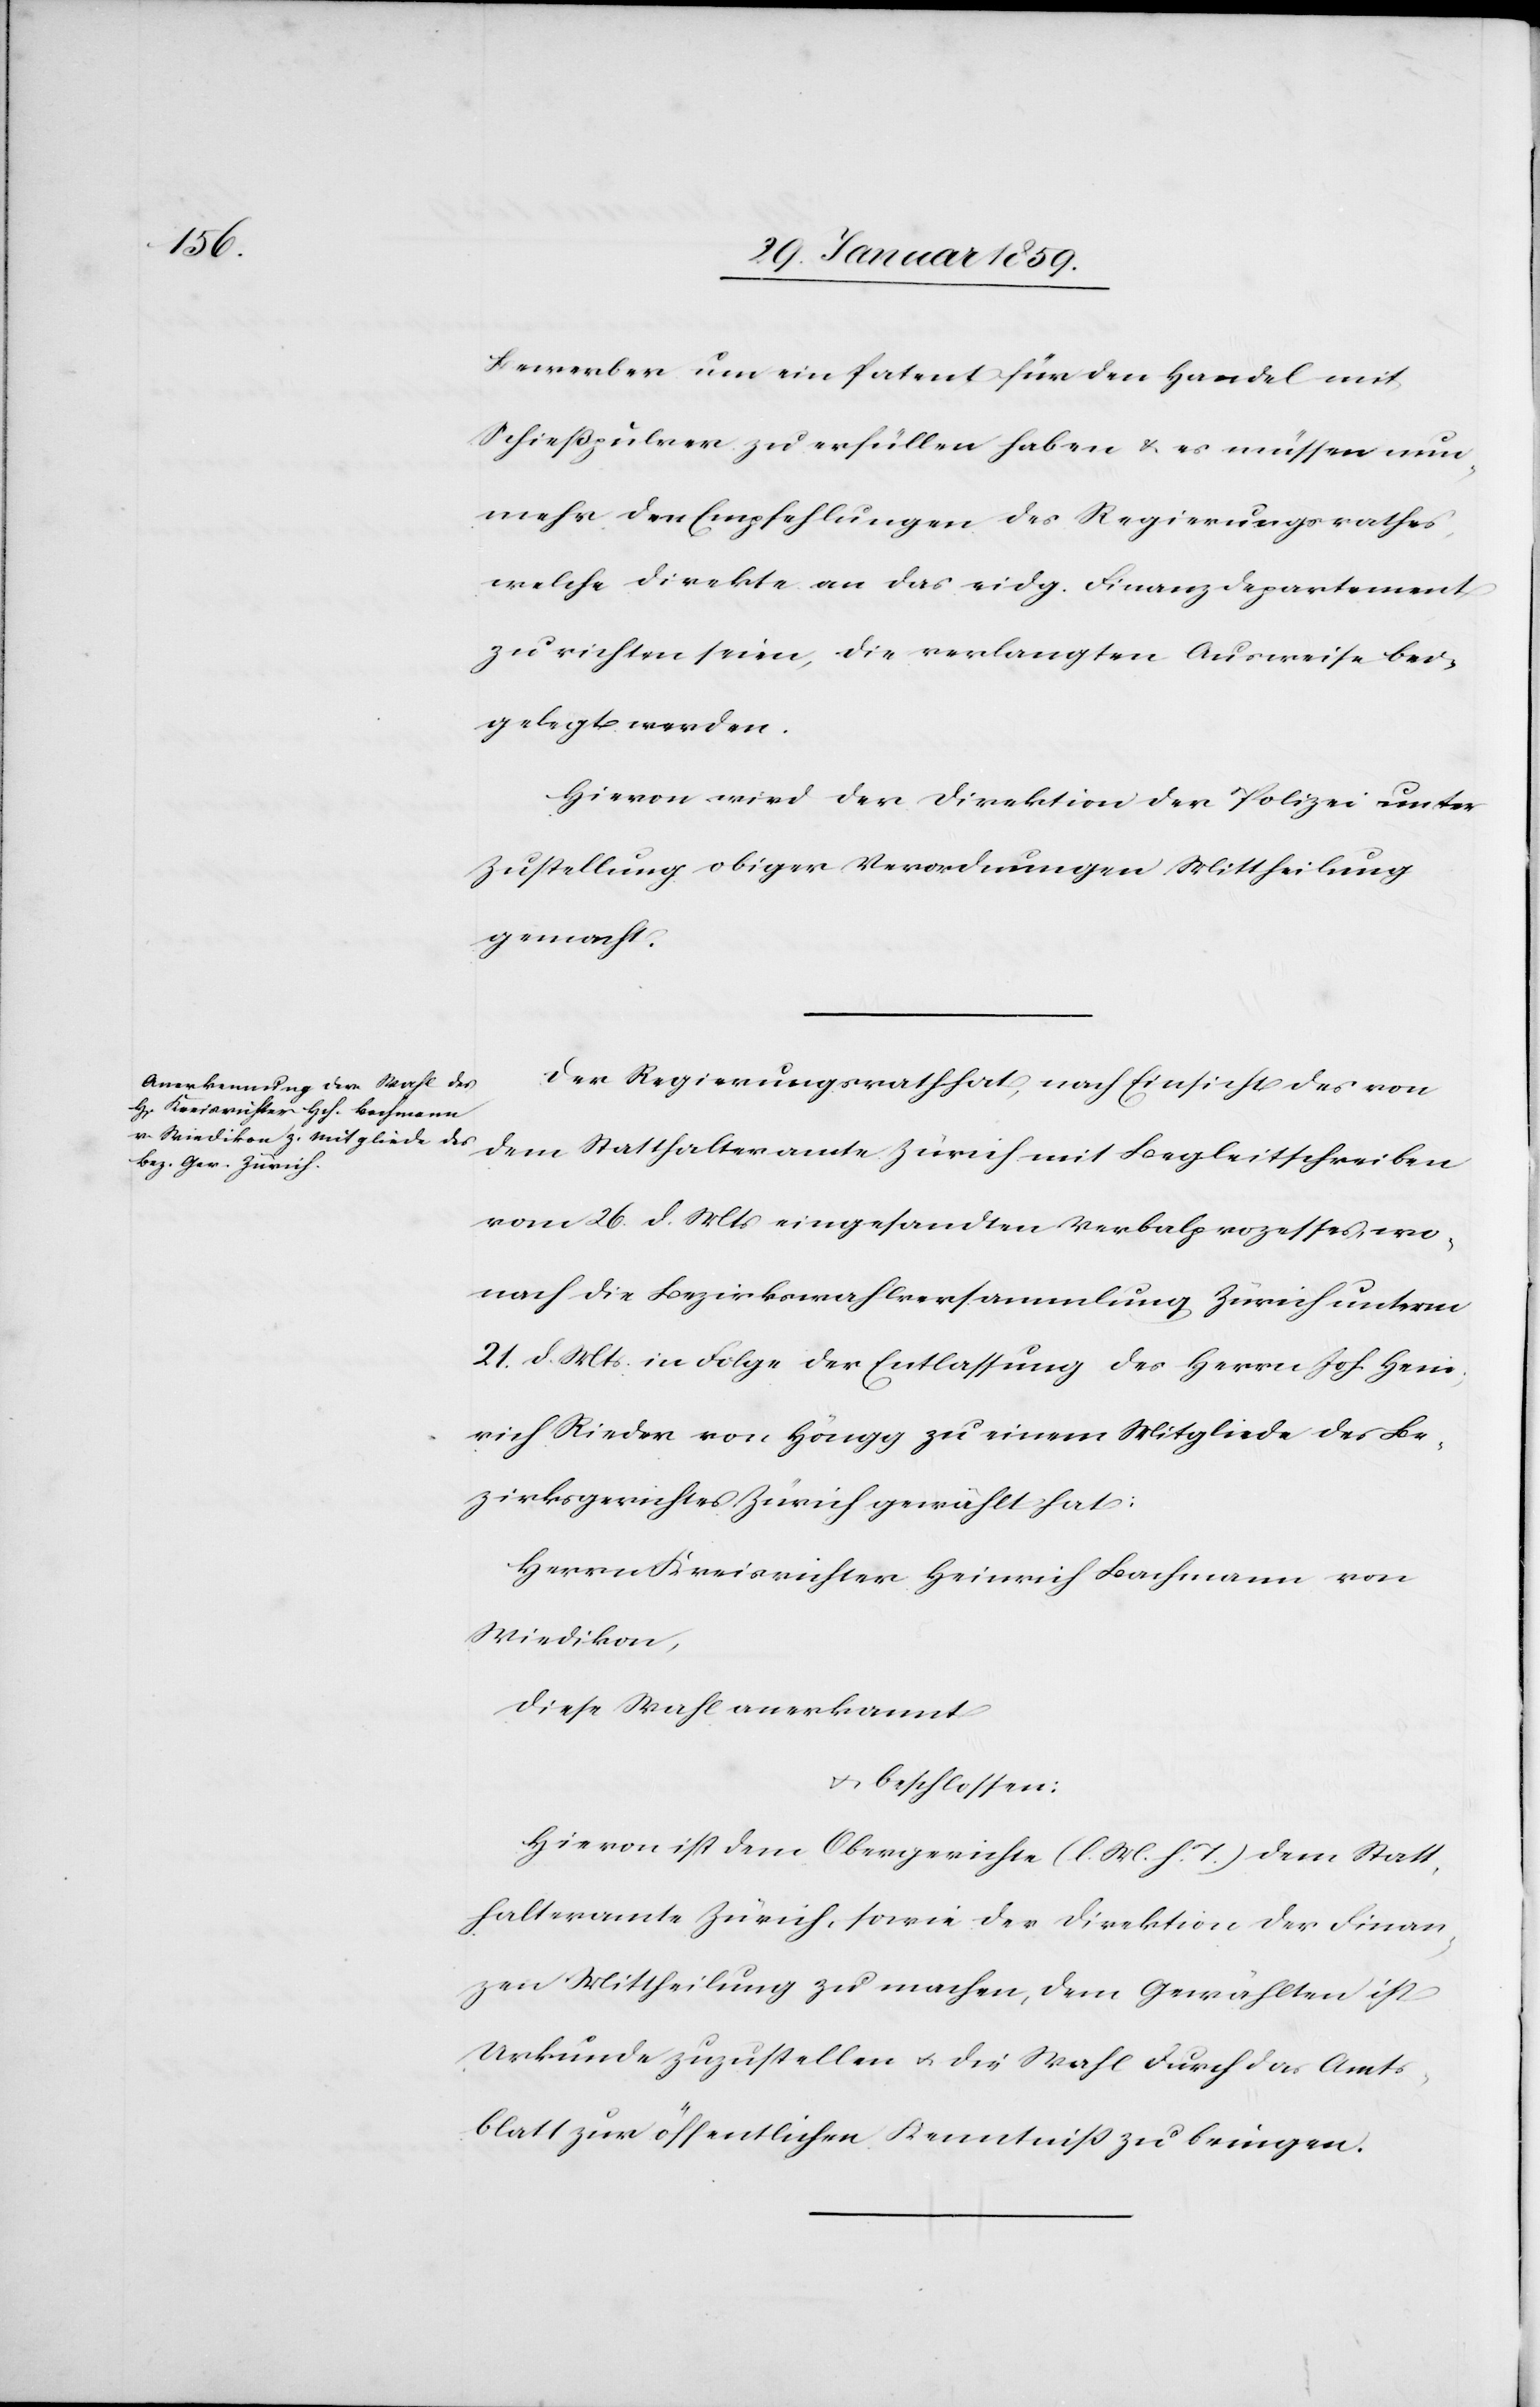
Bewerber um ein Patent für den Handel mit
Schießpulver zu erfüllen haben u. es müssen nun¬
mehr den Empfehlungen des Regierungsrathes,
welche direkte an das eidg. Finanzdepartement
zu richten seien, die verlangten Ausweise bei¬
gelegt werden.
Hievon wird der Direktion der Polizei unter
Zustellung obiger Verordnungen Mittheilung
gemacht.
Der Regierungsrath hat, nach Einsicht des von
dem Statthalteramte Zürich mit Begleitschreiben
vom 26. d. Mts eingesandten Verbalprozesses, wo¬
nach die Bezirkswahlversammlung Zürich unterm
21. d. Mts. in Folge der Entlassung des Herrn Joh. Hein¬
rich Rieder von Höngg zu einem Mitgliede des Be¬
zirksgerichtes Zürich gewählt hat:
Herrn Kreisrichter Heinrich Bachmann von
Wiedikon,
diese Wahl anerkannt
u. beschlossen:
Hievon ist dem Obergerichte (l. M. h. T.) dem Statt¬
halteramte Zürich, sowie der Direktion der Finan¬
zen Mittheilung zu machen, dem Gewählten ist
Urkunde zuzustellen u. die Wahl durch das Amts¬
blatt zur öffentlichen Kenntniß zu bringen.